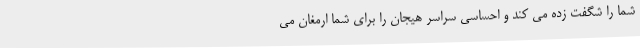
شما را شگفت زده می کند و احساسی سراسر هیجان را برای شما ارمغان می